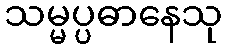
သမ္မပ္ပဓာနေသု